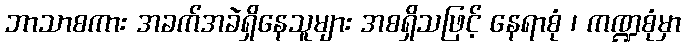
ဘာသာစကား အခက်အခဲရှိနေသူများ အစရှိသဖြင့် နေရာစုံ ၊ ကဏ္ဍစုံမှာ